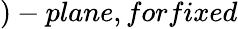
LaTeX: )-plane,forfixed